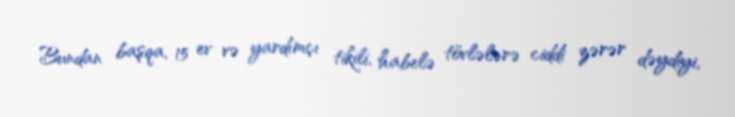
Bundan başqa, 15 ev və yardımçı tikili, habelə tövlələrə ciddi zərər dəydiyi,